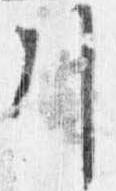
引